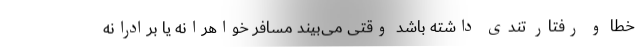
خطا و رفتار تندی داشته باشد وقتی می‌بیند مسافر خواهرانه یا برادرانه